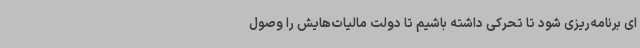
ای برنامه‌ریزی شود تا تحرکی داشته باشیم تا دولت مالیات‌هایش را وصول